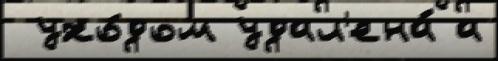
 ухо́дом удал'ена́ а